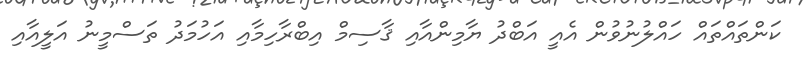
ކަންތައްތައް ހައްލުނުވުން އެއީ އަބްދު ޔާމިންއާއި ޤާސިމް އިބްރާހިމާއި އަހުމަދު ތަސްމީނު އަލީއާއި